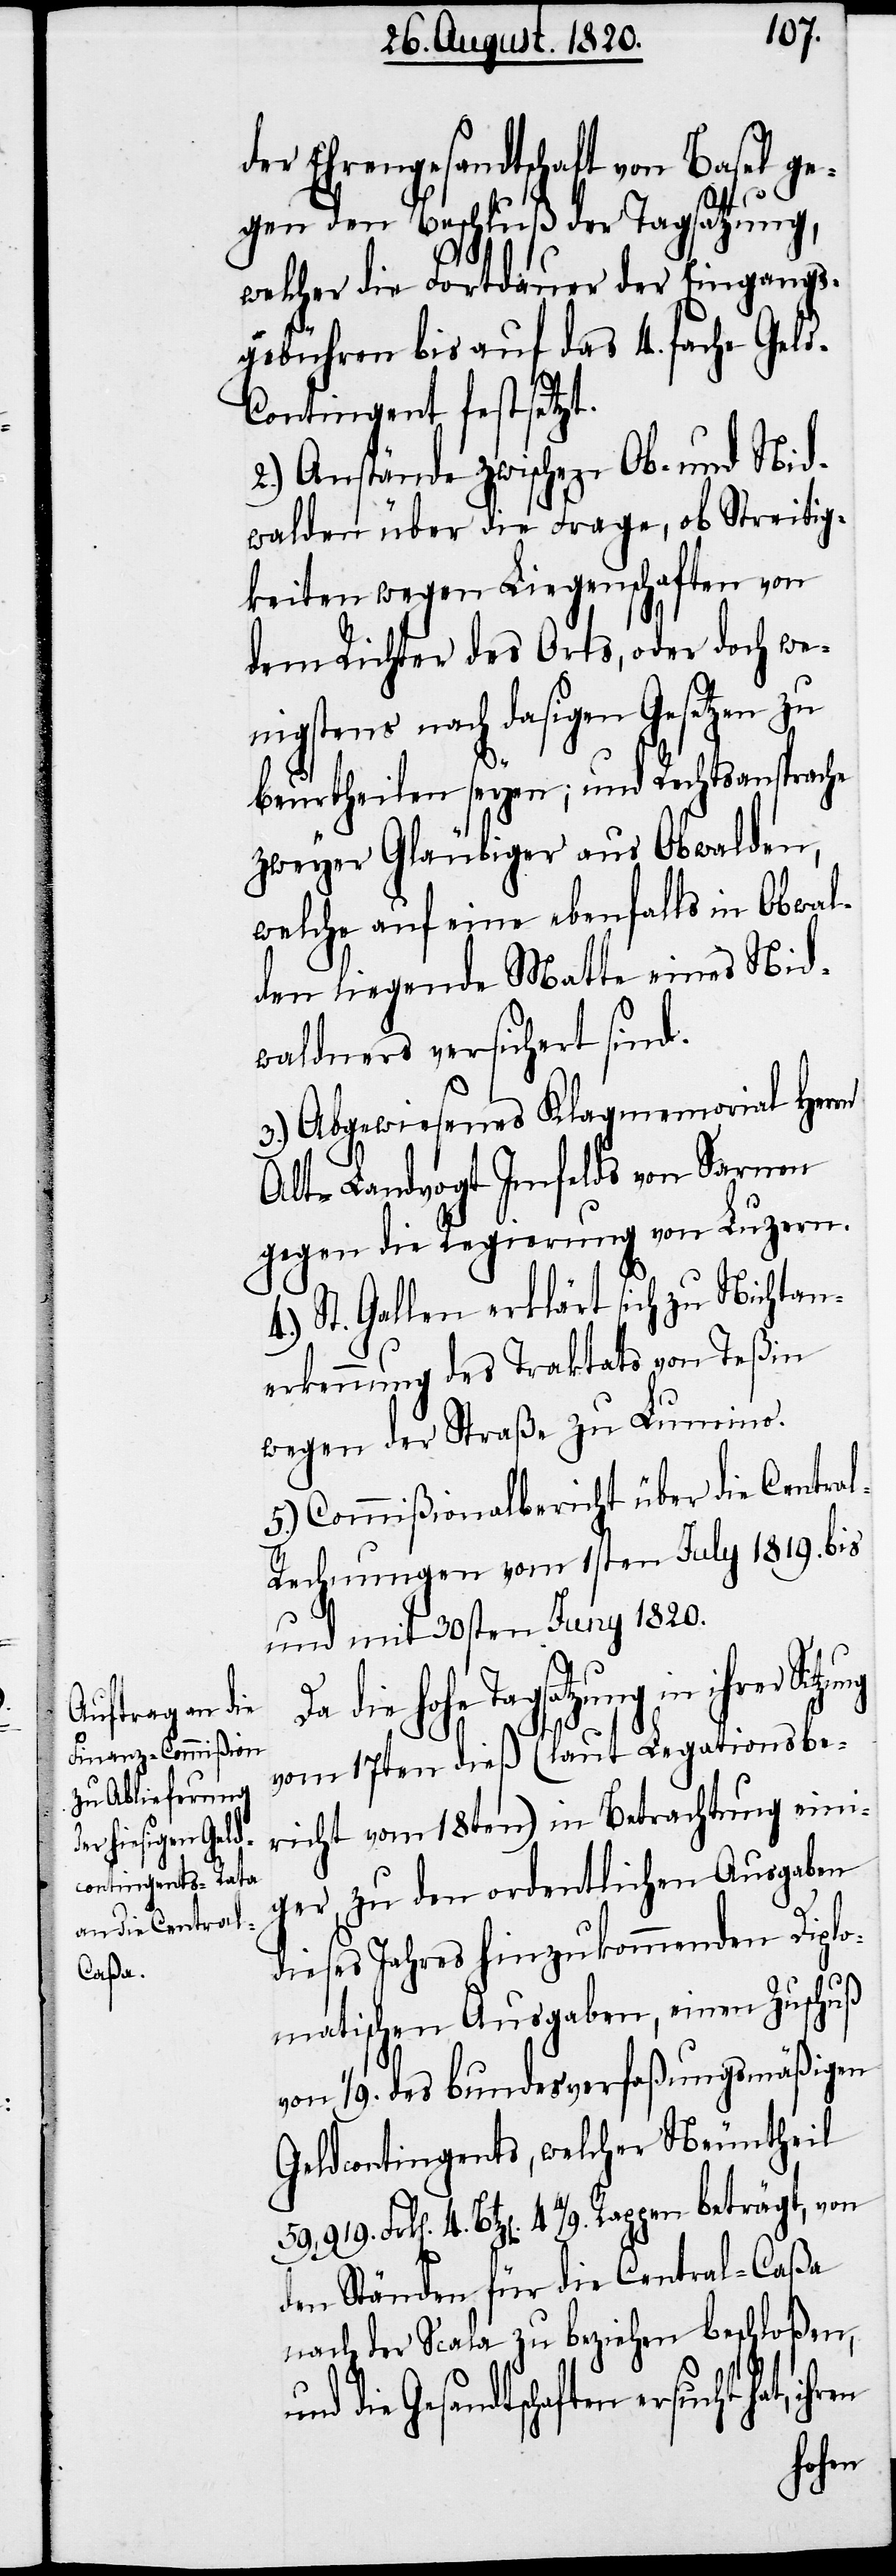
der Ehrengesandtschaft von Basel ge¬
gen den Beschluß der Tagsatzung,
welcher die Fortdauer der Eingangs¬
gebühren bis auf das 4. fache Gel¬
d-Contingent festsetzt.
2.) Anstände zwischen Ob- und Nid¬
walden über die Frage, ob Streitig¬
keiten wegen Liegenschaften von
dem Richter des Orts, oder doch we¬
nigstens nach dasigen Gesetzen zu
beurtheilen seyen; und Rechtsansprache
zweyer Gläubiger aus Obwalden,
welche auf eine ebenfalls in Obwal¬
den liegende Matte eines Nid¬
waldners versichert sind.
3.) Abgewiesenes Klagmemorial Herrn
Alt-Landvogt Imfelds von Sarnen
gegen die Regierung von Luzern.
4.) St. Gallen erklärt sich zu Nichtan¬
erkennung des Traktats von Teßin
wegen der Straße zu Lumino.
5.) Commißionalbericht über die Centra¬
l-Rechnungen vom 1sten July 1819. bis
und mit 30sten Juny 1820.
die hohe Tagsatzung in ihrer
vom 17ten dieß (laut Legationsbe¬
richt vom 18ten) in Betrachtung eini¬
ger zu den ordentlichen Ausgaben
dieses Jahres hinzukommenden Diplo¬
matischen Ausgaben, einen Zuschuß
von 1/9. des Bundesverfaßungsmäßigen
Geldcontingents, welcher Neuntheil
4. Btz[en]. 4 4/9. Rappen beträgt, von
den Ständen für die Central-Caßa
nach der Scala zu beziehen beschloßen,
und die Gesandtschaften ersucht hat,
ihren